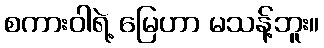
စကားဝါရဲ့ မြေဟာ မသန့်ဘူး။